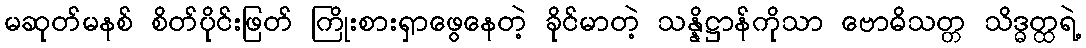
မဆုတ်မနစ် စိတ်ပိုင်းဖြတ် ကြိုးစားရှာဖွေနေတဲ့ ခိုင်မာတဲ့ သန္နိဋ္ဌာန်ကိုသာ ဗောဓိသတ္တ သိဒ္ဓတ္ထရဲ့